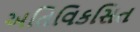
અતિવિકસિત